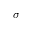
\sigma